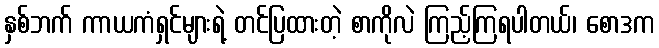
နှစ်ဘက် ကာယကံရှင်များရဲ့ တင်ပြထားတဲ့ စာကိုလဲ ကြည့်ကြရပါတယ်၊ စောဒက